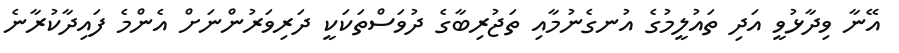
އޭނާ ވިދާޅުވީ އަދި ތައުލީމުގެ އުނގެނުމާއި ތަޖުރިބާގެ ދުވަސްތަކަކީ ދަރިވަރުންނަށް އެންމެ ފައިދާކުރާނެ